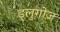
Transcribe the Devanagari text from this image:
ड्लुगोज़